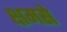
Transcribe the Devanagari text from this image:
क्षमसे